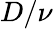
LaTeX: D/\nu